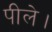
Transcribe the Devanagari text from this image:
पीले।